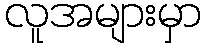
လူအများမှာ